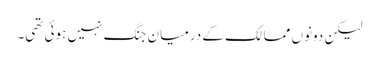
لیکن دونوں ممالک کے درمیان جنگ نہیں ہوئی تھی۔